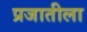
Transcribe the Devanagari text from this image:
प्रजातीला